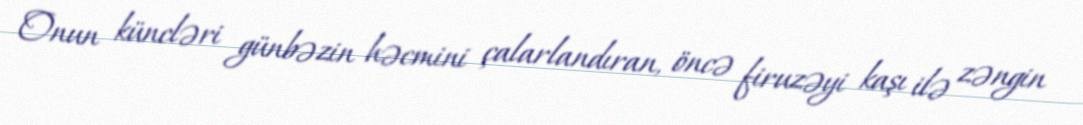
Onun küncləri günbəzin həcmini çalarlandıran, öncə firuzəyi kaşı ilə zəngin